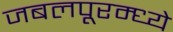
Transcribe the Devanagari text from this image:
जबलपूरम्ध्ये